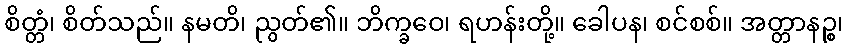
စိတ္တံ၊ စိတ်သည်။ နမတိ၊ ညွတ်၏။ ဘိက္ခဝေ၊ ရဟန်းတို့။ ခေါပန၊ စင်စစ်။ အတ္တာနဉ္စ၊